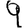
Digit: 9